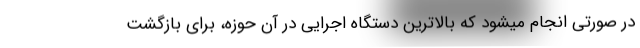
در صورتی انجام میشود که بالاترین دستگاه اجرایی در آن حوزه، برای بازگشت